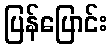
ပြန်ပြောင်း